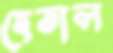
হেতাল